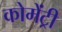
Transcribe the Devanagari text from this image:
कोमेंट्री